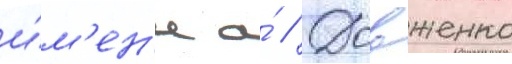
и́м'ен'и а́ // Довженко